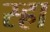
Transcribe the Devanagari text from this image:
स्ह्रा